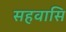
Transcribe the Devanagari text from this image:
सहवासि